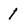
Character: 1